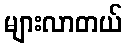
များလာတယ်